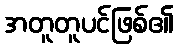
အတူတူပင်ဖြစ်၏